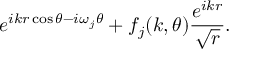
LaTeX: e ^ { i k r \cos \theta - i \omega _ { j } \theta } + f _ { j } ( k , \theta ) \frac { e ^ { i k r } } { \sqrt { r } } .